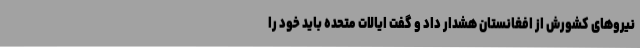
نیروهای کشورش از افغانستان هشدار داد و گفت ایالات متحده باید خود را